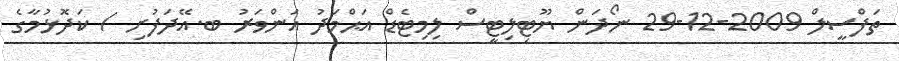
ތަފްސީލް 2009-12-29 ނޯދަން ޔޫޓިލިޓީސް ލިމިޓެޑް އަޙްމަދު އަންވަރު ބ.އޭދަފުށި / ކަދޮޅުމާގެ